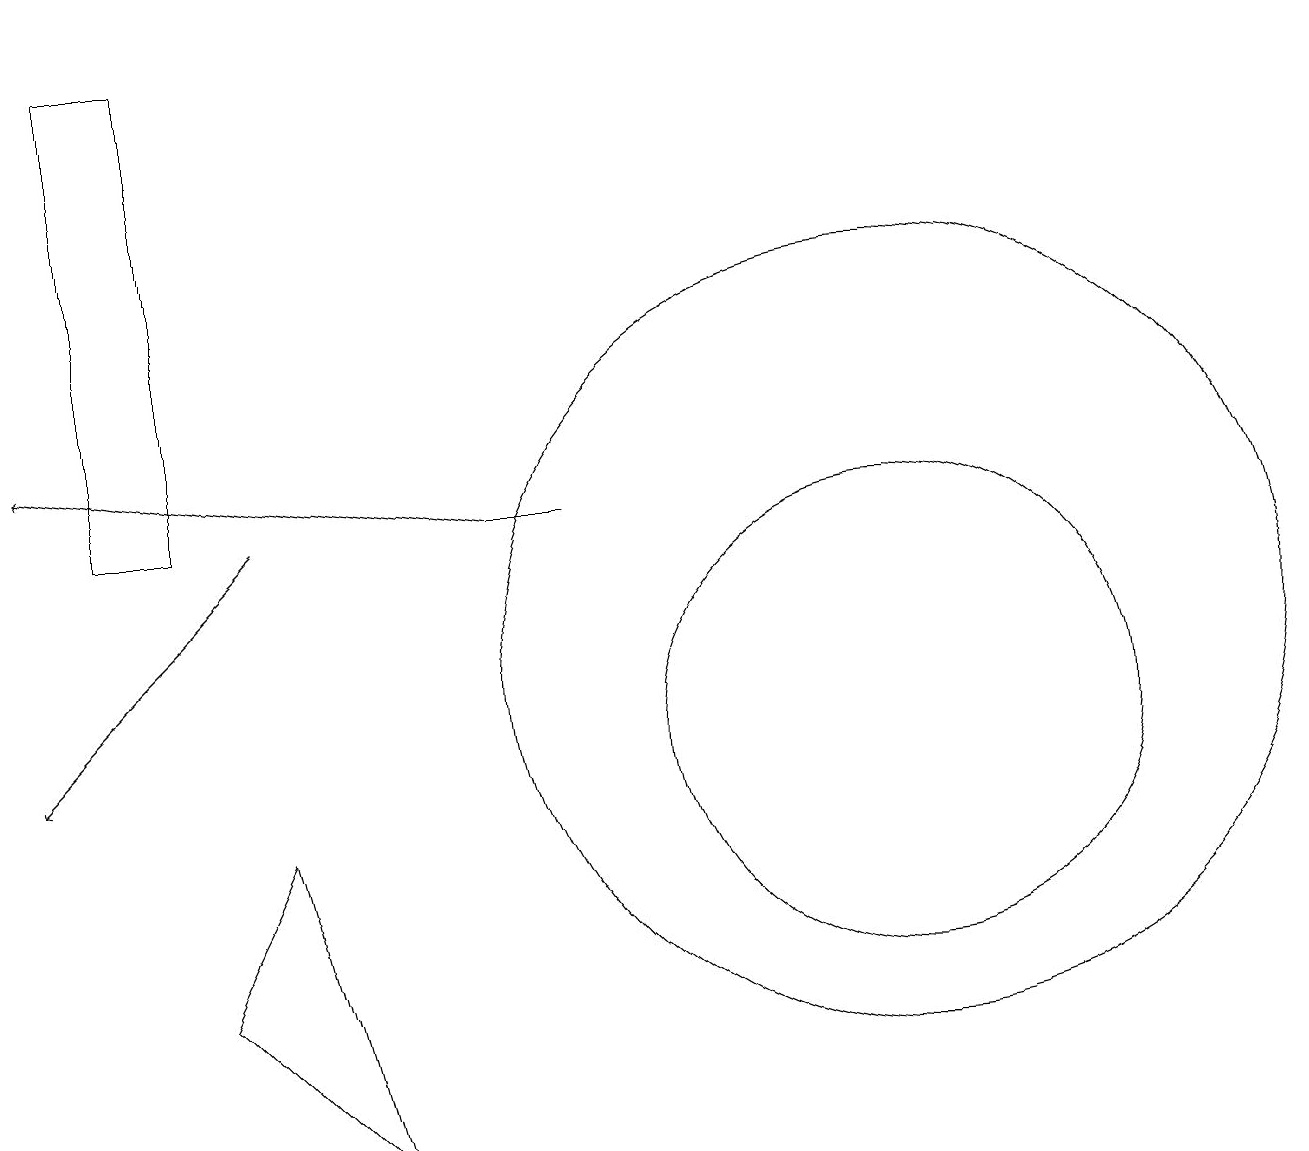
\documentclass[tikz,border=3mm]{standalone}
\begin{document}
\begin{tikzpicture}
\draw[->] (3,13) -- (0,10);
\draw (11,11) circle (5);
\draw[->] (6,13) -- (0,14);
\draw (2,19) rectangle (1,13);
\draw (11,10) circle (3);
\draw (6,13) rectangle (7,13);
\draw (4,5) -- (2,7) -- (3,9) -- cycle;
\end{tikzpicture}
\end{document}